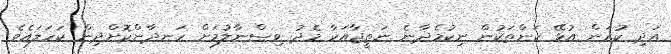
އަދި ކުރަން އުޅޭ ކަންތަކުން ނިކުމެދާނެ ނަތީޖާއަކާ މެދު ވިސްނާލުމަށް ހަނދާންކޮށްދިން ކަހަލައެވެ.